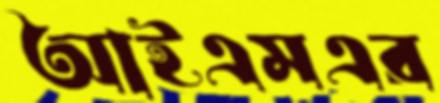
আইএমএর